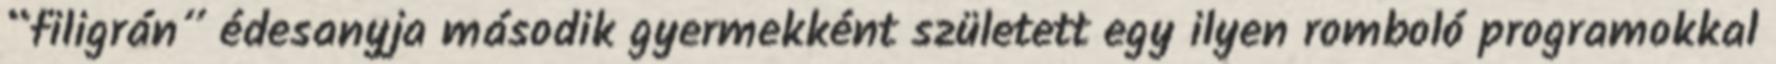
“filigrán” édesanyja második gyermekként született egy ilyen romboló programokkal